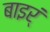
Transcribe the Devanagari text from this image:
बाइर्ं